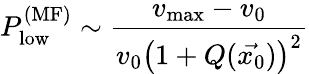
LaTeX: P_{\textrm{low}}^{(\textrm{MF})}\sim\frac{v_{\textrm{max}}-v_{0}}{v_{0}\left(1+Q(\vec{x_{0}})\right)^{2}}